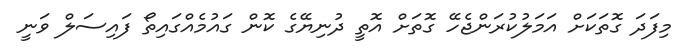
މިފަދަ ގޮތަކަށް އަމަލުކުރަންޖެހޭ ގޮތަށް އޮތީ ދުނިޔޭގެ ކޮން ގައުމެއްގައިތޯ ފައިސަލް ވަނީ